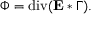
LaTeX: \Phi = \operatorname { d i v } ( \mathbf { E } * \Gamma ) .